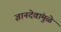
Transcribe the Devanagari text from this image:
ज्ञानदेवांमुळे